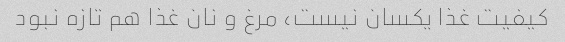
کیفیت غذا یکسان نیست، مرغ و نان غذا هم تازه نبود